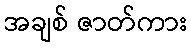
အချစ် ဇာတ်ကား